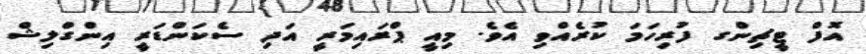
އޮފް ޓީޗިންގ ފުރިހަމަ ކުރެއްވި އެވެ. މިއީ ޕްރައިމަރީ އަދި ސެކަންޑަރީ އިންގްލިޝް